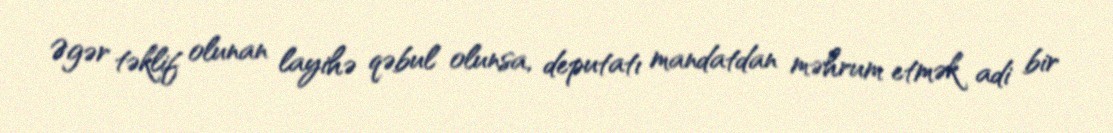
Əgər təklif olunan layihə qəbul olunsa, deputatı mandatdan məhrum etmək adi bir